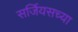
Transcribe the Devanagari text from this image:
सर्जियसच्या